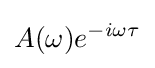
A(\omega )e^{-i\omega \tau }